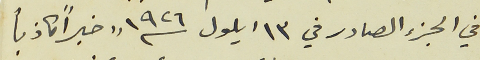
في الجزء الصادر في ١٣ ايلول سنة ١٩٢٦ "خبراً كاذباً